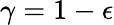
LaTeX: \gamma=1-\epsilon